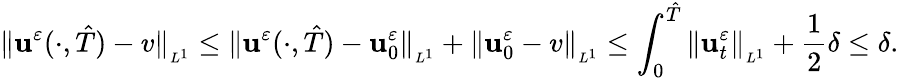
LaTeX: \| \mathbf{u}^{\varepsilon}(\cdot,\hat{{T}})-v\| _{_{L^{1}}}\leq\| \mathbf{u}^{\varepsilon}(\cdot,\hat{{T}})-\mathbf{u}_{0}^{\varepsilon}\| _{_{L^{1}}}+\| \mathbf{u}_{0}^{\varepsilon}-v\| _{_{L^{1}}}\leq\int_{0}^{\hat{{T}}}\| \mathbf{u}_{t}^{\varepsilon}\| _{_{L^{1}}}+\frac{1}{2}\delta\leq\delta.